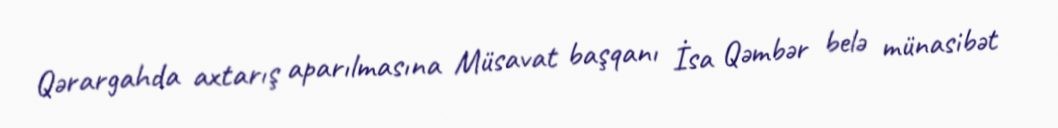
Qərargahda axtarış aparılmasına Müsavat başqanı İsa Qəmbər belə münasibət